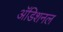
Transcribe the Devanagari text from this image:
अॅडिशनल